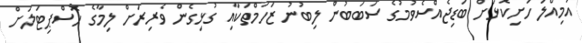
އަމިއްލަ ހަށިކޮޅަށް ބަޑިޖެއްސެވުމުގެ ސަބަބުން ލިބުނު ޒަހަމްތަކާއި ގުޅިގެން ވެރިރަށް ލިމާގެ ހޮސްޕިޓަލަށް